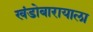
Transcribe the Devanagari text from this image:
खंडोबारायाला